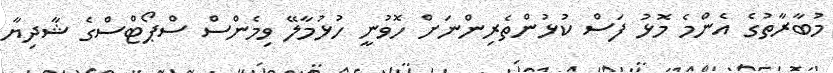
މުބާރާތުގެ އެންމެ މޮޅު ފަސް ކުޅުންތެރިންނަށް ހޮވުނީ ހުޅުމާލޭ ވިމެންސް ސްޕޯޓްސްގެ ޝާދިޔާ